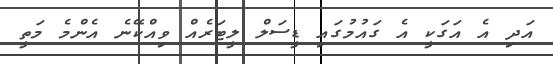
އަދި އެ އަގަކީ އެ ގައުމުގައި ޑީސަލް ލީޓަރެއް ވިއްކޭނެ އެންމެ މަތީ